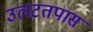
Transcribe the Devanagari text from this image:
उलटतपास